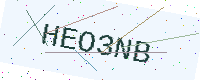
Text: HEO3NB